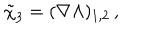
LaTeX: \tilde { \chi } _ { 3 } = ( \nabla \Lambda ) _ { 1 , 2 } \, ,